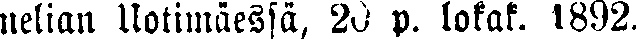
nelian Uotimäessä, 20 p. lokak. 1892.